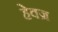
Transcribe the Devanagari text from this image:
हेवज्र